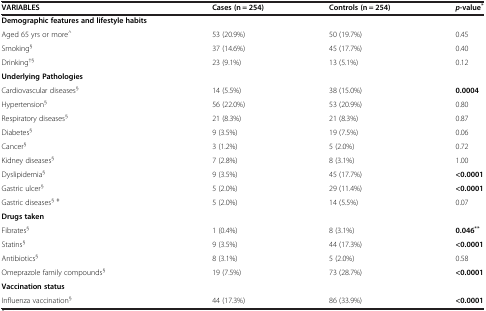
| VARIABLES | Cases (n = 254) | Controls (n = 254) | p-value* |
 | --- | --- | --- | --- |
 | Demographic features and lifestyle habits |  |  |  |
 | Aged 65 yrs or more^ | 53 (20.9%) | 50 (19.7%) | 0.45 |
 | Smoking§ | 37 (14.6%) | 45 (17.7%) | 0.40 |
 | Drinking†§ | 23 (9.1%) | 13 (5.1%) | 0.12 |
 | Underlying Pathologies |  |  |  |
 | Cardiovascular diseases§ | 14 (5.5%) | 38 (15.0%) | 0.0004 |
 | Hypertension§ | 56 (22.0%) | 53 (20.9%) | 0.80 |
 | Respiratory diseases§ | 21 (8.3%) | 21 (8.3%) | 0.87 |
 | Diabetes§ | 9 (3.5%) | 19 (7.5%) | 0.06 |
 | Cancer§ | 3 (1.2%) | 5 (2.0%) | 0.72 |
 | Kidney diseases§ | 7 (2.8%) | 8 (3.1%) | 1.00 |
 | Dyslipidemia§ | 9 (3.5%) | 45 (17.7%) | <0.0001 |
 | Gastric ulcer§ | 5 (2.0%) | 29 (11.4%) | <0.0001 |
 | Gastric diseases§ ǂ | 5 (2.0%) | 14 (5.5%) | 0.07 |
 | Drugs taken |  |  |  |
 | Fibrates§ | 1 (0.4%) | 8 (3.1%) | 0.046** |
 | Statins§ | 9 (3.5%) | 44 (17.3%) | <0.0001 |
 | Antibiotics§ | 8 (3.1%) | 5 (2.0%) | 0.58 |
 | Omeprazole family compounds§ | 19 (7.5%) | 73 (28.7%) | <0.0001 |
 | Vaccination status |  |  |  |
 | Influenza vaccination§ | 44 (17.3%) | 86 (33.9%) | <0.0001 |